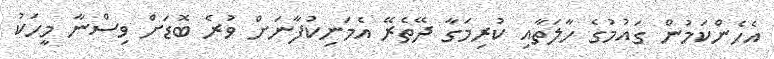
އެހެންކަމުން ގައުމުގެ ހާލަތާއި ކުރިމަގާ ދޭތެރޭ އެމަނިކުފާނަށް ވުރެ ބޮޑަށް ވިސްނާ މީހަކު